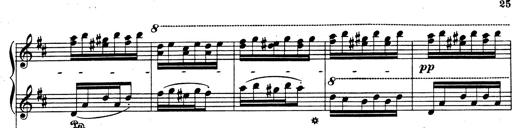
Title: Rhapsodie espagnole
Composer: Franz Liszt